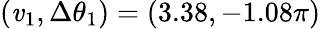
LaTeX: (\mathit{v}_{1},\Delta\theta_{1})=(3.38,-1.08\pi)